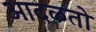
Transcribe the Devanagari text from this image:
आदळतो